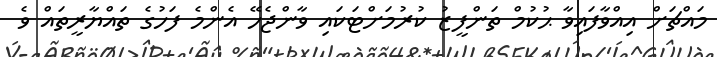
މައްޗަށް އިއްވާފައިވާ ޙުކުމް ތަންފީޒު ކުރުމަށްޓަކައި ވާންޖެހޭ އެންމެ ފަހުގެ ތައްޔާރީތައް ވެ